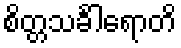
စိတ္တသင်္ခါရောတိ